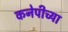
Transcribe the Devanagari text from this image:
कनेपीच्या